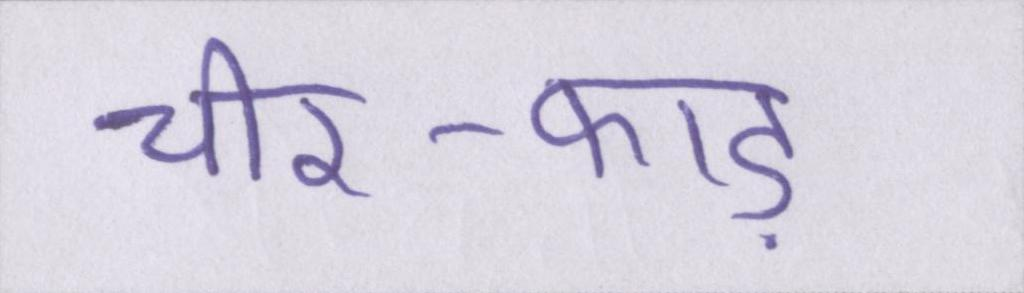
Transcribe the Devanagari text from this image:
चीर-फाड़